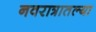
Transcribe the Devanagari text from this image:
नवरात्रातल्या